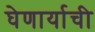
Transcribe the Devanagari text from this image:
घेणार्याची